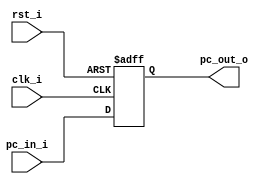
//Subject:     Architecture project 3 - PC
//--------------------------------------------------------------------------------
//Version:     1
//--------------------------------------------------------------------------------
//Writer:      Zhang Linghao
//----------------------------------------------
//----------------------------------------------
//Description: 
//--------------------------------------------------------------------------------

module ProgramCounter(
    clk_i,
	rst_i,
	pc_in_i,
	pc_out_o
);
     
//I/O ports
input           clk_i;
input	        rst_i;
input  [32-1:0] pc_in_i;
output [32-1:0] pc_out_o;
 
//Internal Signals
reg    [32-1:0] pc_out_o;
 
//Parameter

    
//Main function
always @(posedge clk_i or negedge rst_i) begin
    if(~rst_i)
	    pc_out_o <= 0;
	else
	    pc_out_o <= pc_in_i;
end

endmodule